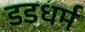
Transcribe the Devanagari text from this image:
डडधर्म